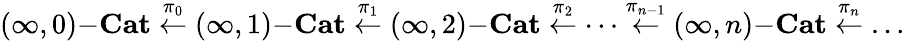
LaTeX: (\infty,0)\mathrm{-}\mathbf{Cat}\overset{\pi_{0}}{\leftarrow}(\infty,1)\mathrm{-}\mathbf{Cat}\overset{\pi_{1}}{\leftarrow}(\infty,2)\mathrm{-}\mathbf{Cat}\overset{\pi_{2}}{\leftarrow}\dots\overset{\pi_{n-1}}{\leftarrow}(\infty,n)\mathrm{-}\mathbf{Cat}\overset{\pi_{n}}{\leftarrow}\dots